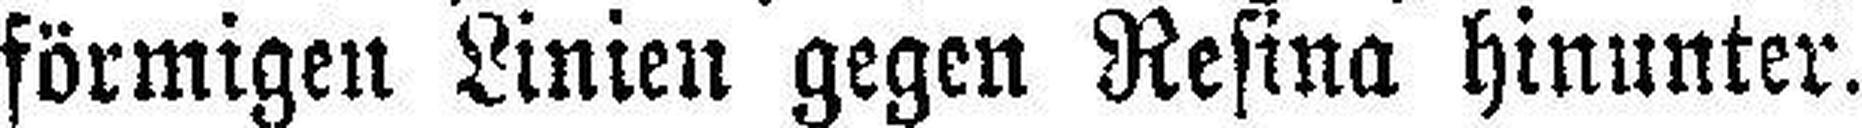
förmigen Linien gegen Resina hinunter.